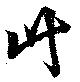
竹